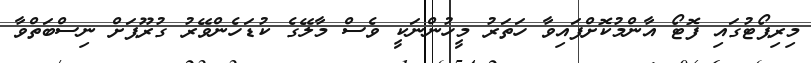
މިރިޕޯޓުގައި ފޮޓޯ އާންމުކޮށްފައިވާ ހަތަރު މީހުންނަކީ ވެސް މާލޭގެ ކުޑަހެންވޭރު ގުރޫޕަށް ނިސްބަތްވާ